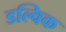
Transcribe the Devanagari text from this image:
डल्विक